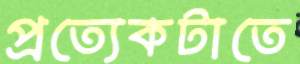
প্রত্যেকটাতে